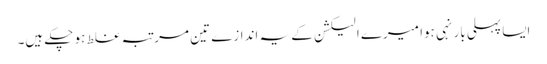
ایسا پہلی بار نہی ہوا میرے الیکشن کے یہ اندازے تین مرتبہ غلط ہو چکے ہیں۔